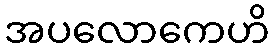
အပလောကေဟိ